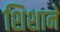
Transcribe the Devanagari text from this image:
शिशाने